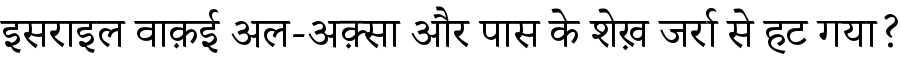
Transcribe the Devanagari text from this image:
इसराइल वाक़ई अल-अक़्सा और पास के शेख़ जर्रा से हट गया?